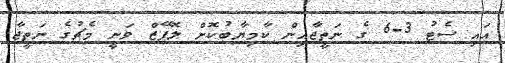
އައި ސެޓު 3-6 ގެ ނަތީޖާއިން ކާމިޔާބުކޮށް ލޮޕޭޒް ވަނީ މެޗުގެ ނަތީޖާ